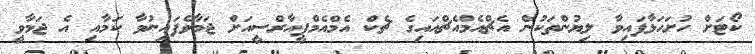
ކޯޓަށް ހުށަހަޅާފައިވާ ލިޔުންތަކުން އެޗްއެމްއެޗްއައިގެ ޗެކް އެމްއެމްޕީއާރްސީއަށް ޖަމާވެފައިނުވާ ކަމާއި އެ ޖަމާވީ